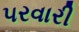
૫રવારી